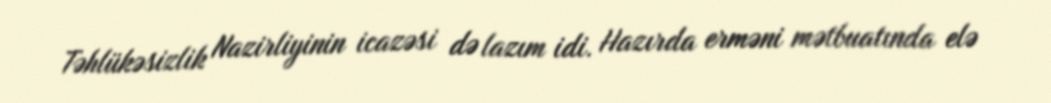
Təhlükəsizlik Nazirliyinin icazəsi də lazım idi. Hazırda erməni mətbuatında elə